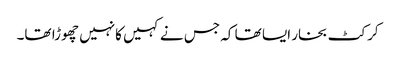
کرکٹ بخار ایسا تھا کہ جس نے کہیں کانہیں چھوڑا تھا۔